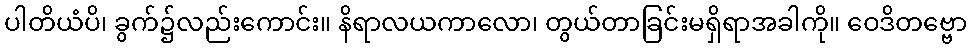
ပါတိယံပိ၊ ခွက်၌လည်းကောင်း။ နိရာလယကာလော၊ တွယ်တာခြင်းမရှိရာအခါကို။ ဝေဒိတဗ္ဗော